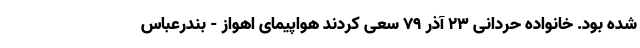
شده بود. خانواده حردانی ۲۳ آذر ۷۹ سعی کردند هواپیمای اهواز - بندرعباس